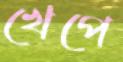
খেপে